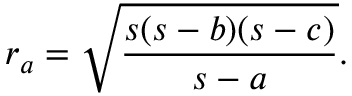
r _ { a } = { \sqrt { \frac { s ( s - b ) ( s - c ) } { s - a } } } .